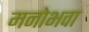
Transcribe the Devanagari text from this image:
मनोभवा